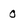
Character: 0